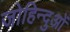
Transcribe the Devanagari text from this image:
जोहिन्दुओं